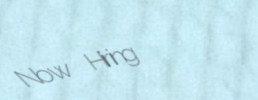
Now Hiring